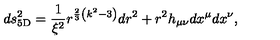
d s _ { \mathrm { 5 D } } ^ { 2 } = { \frac { 1 } { \xi ^ { 2 } } } r ^ { { \frac { 2 } { 3 } } \left( k ^ { 2 } - 3 \right) } d r ^ { 2 } + r ^ { 2 } h _ { \mu \nu } d x ^ { \mu } d x ^ { \nu } ,